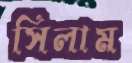
সিলাম